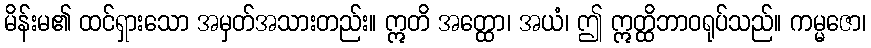
မိန်းမ၏ ထင်ရှားသော အမှတ်အသားတည်း။ ဣတိ အတ္ထော၊ အယံ၊ ဤ ဣတ္ထိဘာဝရုပ်သည်။ ကမ္မဇော၊